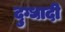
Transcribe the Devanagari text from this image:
दुग्धादी